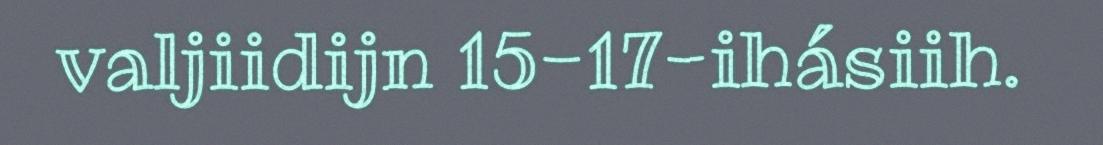
valjiidijn 15-17-ihásiih.